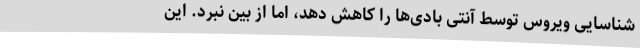
شناسایی ویروس توسط آنتی بادی‌ها را کاهش دهد، اما از بین نبرد. این